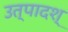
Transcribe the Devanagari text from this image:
उत्पादश्